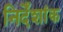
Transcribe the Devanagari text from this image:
निर्देंशांक